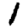
Digit: 1